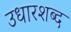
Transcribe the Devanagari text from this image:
उधारशब्द